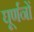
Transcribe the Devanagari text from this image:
घूर्णनों